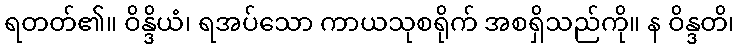
ရတတ်၏။ ဝိန္ဒိယံ၊ ရအပ်သော ကာယသုစရိုက် အစရှိသည်ကို။ န ဝိန္ဒတိ၊